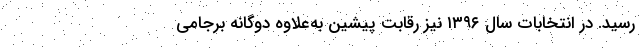
رسید. در انتخابات سال ۱۳۹۶ نیز رقابت پیشین به‌علاوه دوگانه برجامی